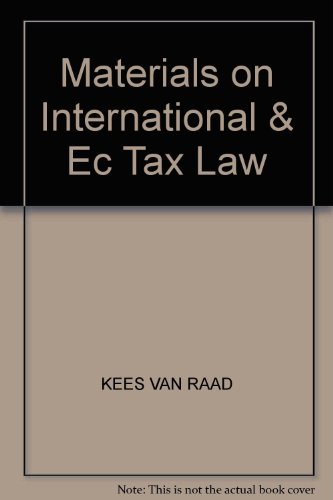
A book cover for Materials on International & Ec Tax Law; KEES VAN RAAD; Law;